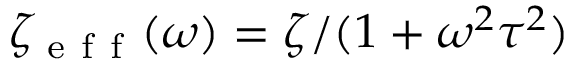
\zeta _ { \mathrm { ~ e ~ f ~ f ~ } } ( \omega ) = \zeta / ( 1 + \omega ^ { 2 } \tau ^ { 2 } )